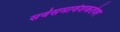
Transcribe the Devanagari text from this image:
सर्वसमावेशकतेवर